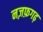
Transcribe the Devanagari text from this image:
नज़फ़गढ़